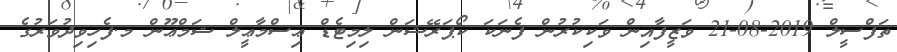
ތަފްސީލް 2019-08-21 ވަޒީފާއިން ވަކިކުރުން ފެނަކަ ކޯޕަރޭޝަން ލިމިޓެޑް ޢިސްމާޢީލް ޝަމްޢޫން މ.ފެހިވިދުވަރުގެ